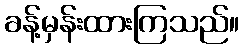
ခန့်မှန်းထားကြသည်။